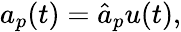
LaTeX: \begin{array}{r}{a_{p}(t)=\hat{a}_{p}u(t),}\end{array}